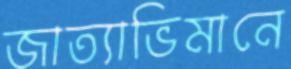
জাত্যাভিমানে